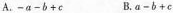
A.-a-b+c B.a-b+c